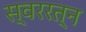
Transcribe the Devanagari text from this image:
स्वररत्न